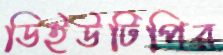
ডিইউটিপির